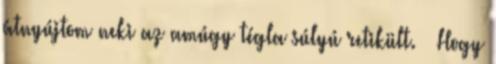
átnyújtom neki az amúgy tégla súlyú retikült. – Hogy